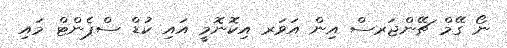
ނޯ ގޭމް ޗޭންޖަރސް އިން އަވަރ އިކޮނޮމީ އައި ކުޑް ސްޕެންޓް މައި